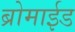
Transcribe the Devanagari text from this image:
ब्रोमाईड